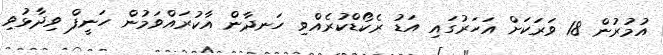
އުމުރުން 18 ވަރަކަށް އަހަރުގައި އަޑު ރެކޯޑްކުރެއްވި ހަނދާން އާކުރައްވަމުން ހަނީފް ވިދާޅުވި